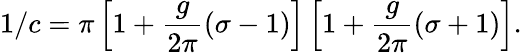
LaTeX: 1/c=\pi\left[1+\frac{g}{2\pi}(\sigma-1)\right]\left[1+\frac{g}{2\pi}(\sigma+1)\right].